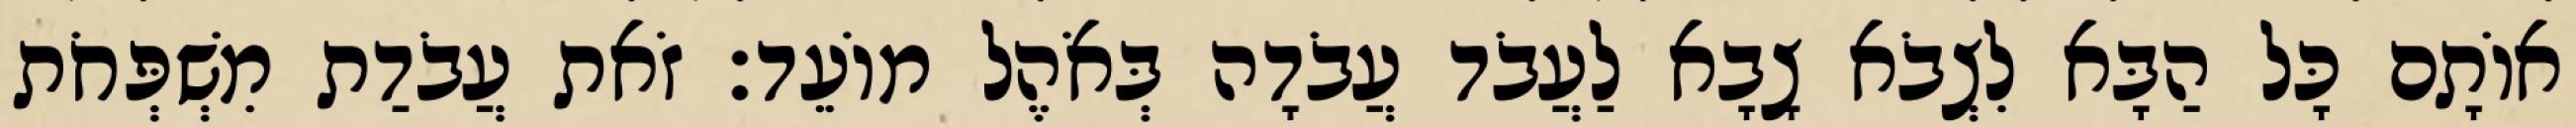
אוֹתָם כָּל הַבָּא לִצְבֹא צָבָא לַעֲבֹד עֲבֹדָה בְּאֹהֶל מוֹעֵד׃ זֹאת עֲבֹדַת מִשְׁפְּחֹת